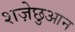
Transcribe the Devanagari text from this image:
शज़ेछुआन